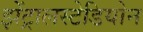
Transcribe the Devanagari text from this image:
झेंट्रालस्टेडियोन